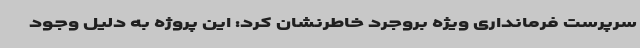
سرپرست فرمانداری ویژه بروجرد خاطرنشان کرد: این پروژه به دلیل وجود